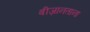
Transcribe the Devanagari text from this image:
बीज़ानताना